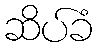
ဆိပ်ခံ